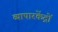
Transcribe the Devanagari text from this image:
व्यापारकेंद्रों